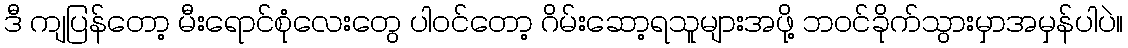
ဒီ ကျပြန်တော့ မီးရောင်စုံလေးတွေ ပါဝင်တော့ ဂိမ်းဆော့ရသူများအဖို့ ဘဝင်ခိုက်သွားမှာအမှန်ပါပဲ။